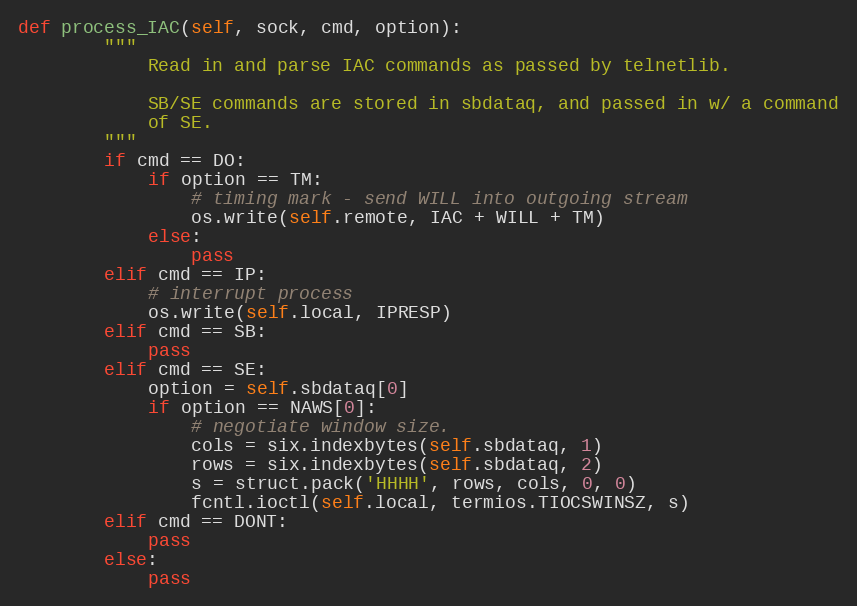
Language: Python
def process_IAC(self, sock, cmd, option):
        """
            Read in and parse IAC commands as passed by telnetlib.

            SB/SE commands are stored in sbdataq, and passed in w/ a command
            of SE.
        """
        if cmd == DO:
            if option == TM:
                # timing mark - send WILL into outgoing stream
                os.write(self.remote, IAC + WILL + TM)
            else:
                pass
        elif cmd == IP:
            # interrupt process
            os.write(self.local, IPRESP)
        elif cmd == SB:
            pass
        elif cmd == SE:
            option = self.sbdataq[0]
            if option == NAWS[0]:
                # negotiate window size.
                cols = six.indexbytes(self.sbdataq, 1)
                rows = six.indexbytes(self.sbdataq, 2)
                s = struct.pack('HHHH', rows, cols, 0, 0)
                fcntl.ioctl(self.local, termios.TIOCSWINSZ, s)
        elif cmd == DONT:
            pass
        else:
            pass